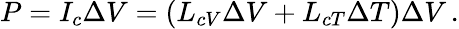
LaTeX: P=I_{c}\Delta V=(L_{cV}\Delta V+L_{cT}\Delta T)\Delta V\, .